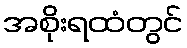
အစိုးရထံတွင်